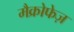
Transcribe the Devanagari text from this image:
मैक्रोफेज़